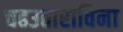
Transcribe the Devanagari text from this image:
चढउताराविना